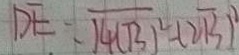
D E = \sqrt { 4 ( B ) ^ { 2 } } - ( 2 \sqrt { 3 } ) ^ { 2 }